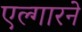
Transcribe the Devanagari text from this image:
एल्गारने